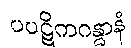
ပပဋိကဂန္ဓာနံ